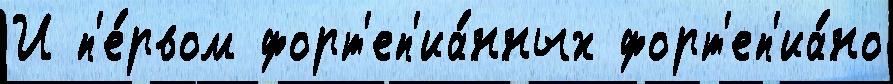
И п'е́рвом форт'еп'иа́нных форт'еп'иа́но